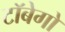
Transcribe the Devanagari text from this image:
टॉबेगो